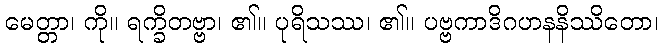
မေတ္တာ၊ ကို။ ရက္ခိတဗ္ဗာ၊ ၏။ ပုရိသဿ၊ ၏။ ပဗ္ဗကာဒိဂဟနနိဿိတော၊